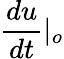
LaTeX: \frac{du}{dt}|_{o}